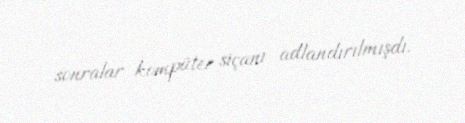
sonralar kompüter siçanı adlandırılmışdı.